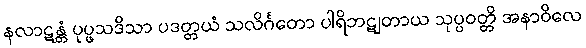
နလာဋန္တံ ပုပ္ဖသဒိသာ ပဒတ္တယံ သလိင်္ဂတော ပါရိဘဋျတာယ သုပ္ပဝတ္တိ အနာဝိလေ